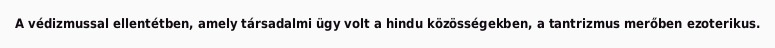
A védizmussal ellentétben, amely társadalmi ügy volt a hindu közösségekben, a tantrizmus merőben ezoterikus.